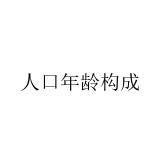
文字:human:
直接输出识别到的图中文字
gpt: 人口年龄构成